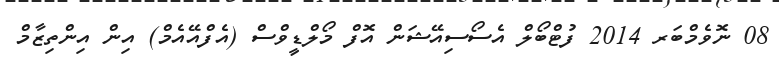
08 ނޮވެމްބަރ 2014 ފުޓްބޯލް އެސޯސިއޭޝަން އޮފް މޯލްޑީވްސް (އެފްއޭއެމް) އިން އިންތިޒާމް